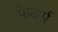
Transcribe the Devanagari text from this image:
फेदर्स